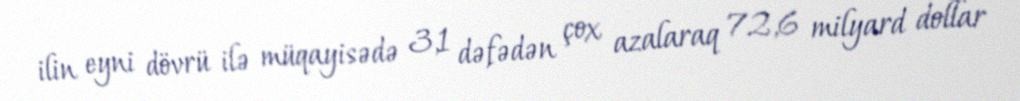
ilin eyni dövrü ilə müqayisədə 3,1 dəfədən çox azalaraq 72,6 milyard dollar